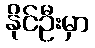
နိုင်ဦးမှာ